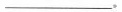
___。